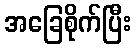
အခြေစိုက်ပြီး